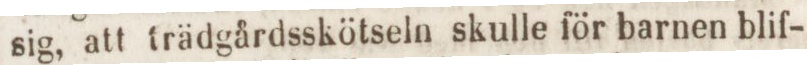
sig, att trädgårdsskötseln skulle för barnen blif-